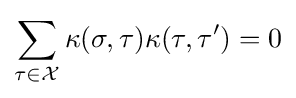
\sum _{\tau \in {\mathcal {X}}}\kappa (\sigma ,\tau )\kappa (\tau ,\tau ^{\prime })=0